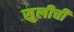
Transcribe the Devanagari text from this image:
सुलीची